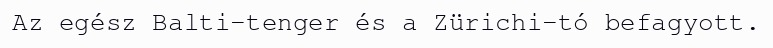
Az egész Balti-tenger és a Zürichi-tó befagyott.